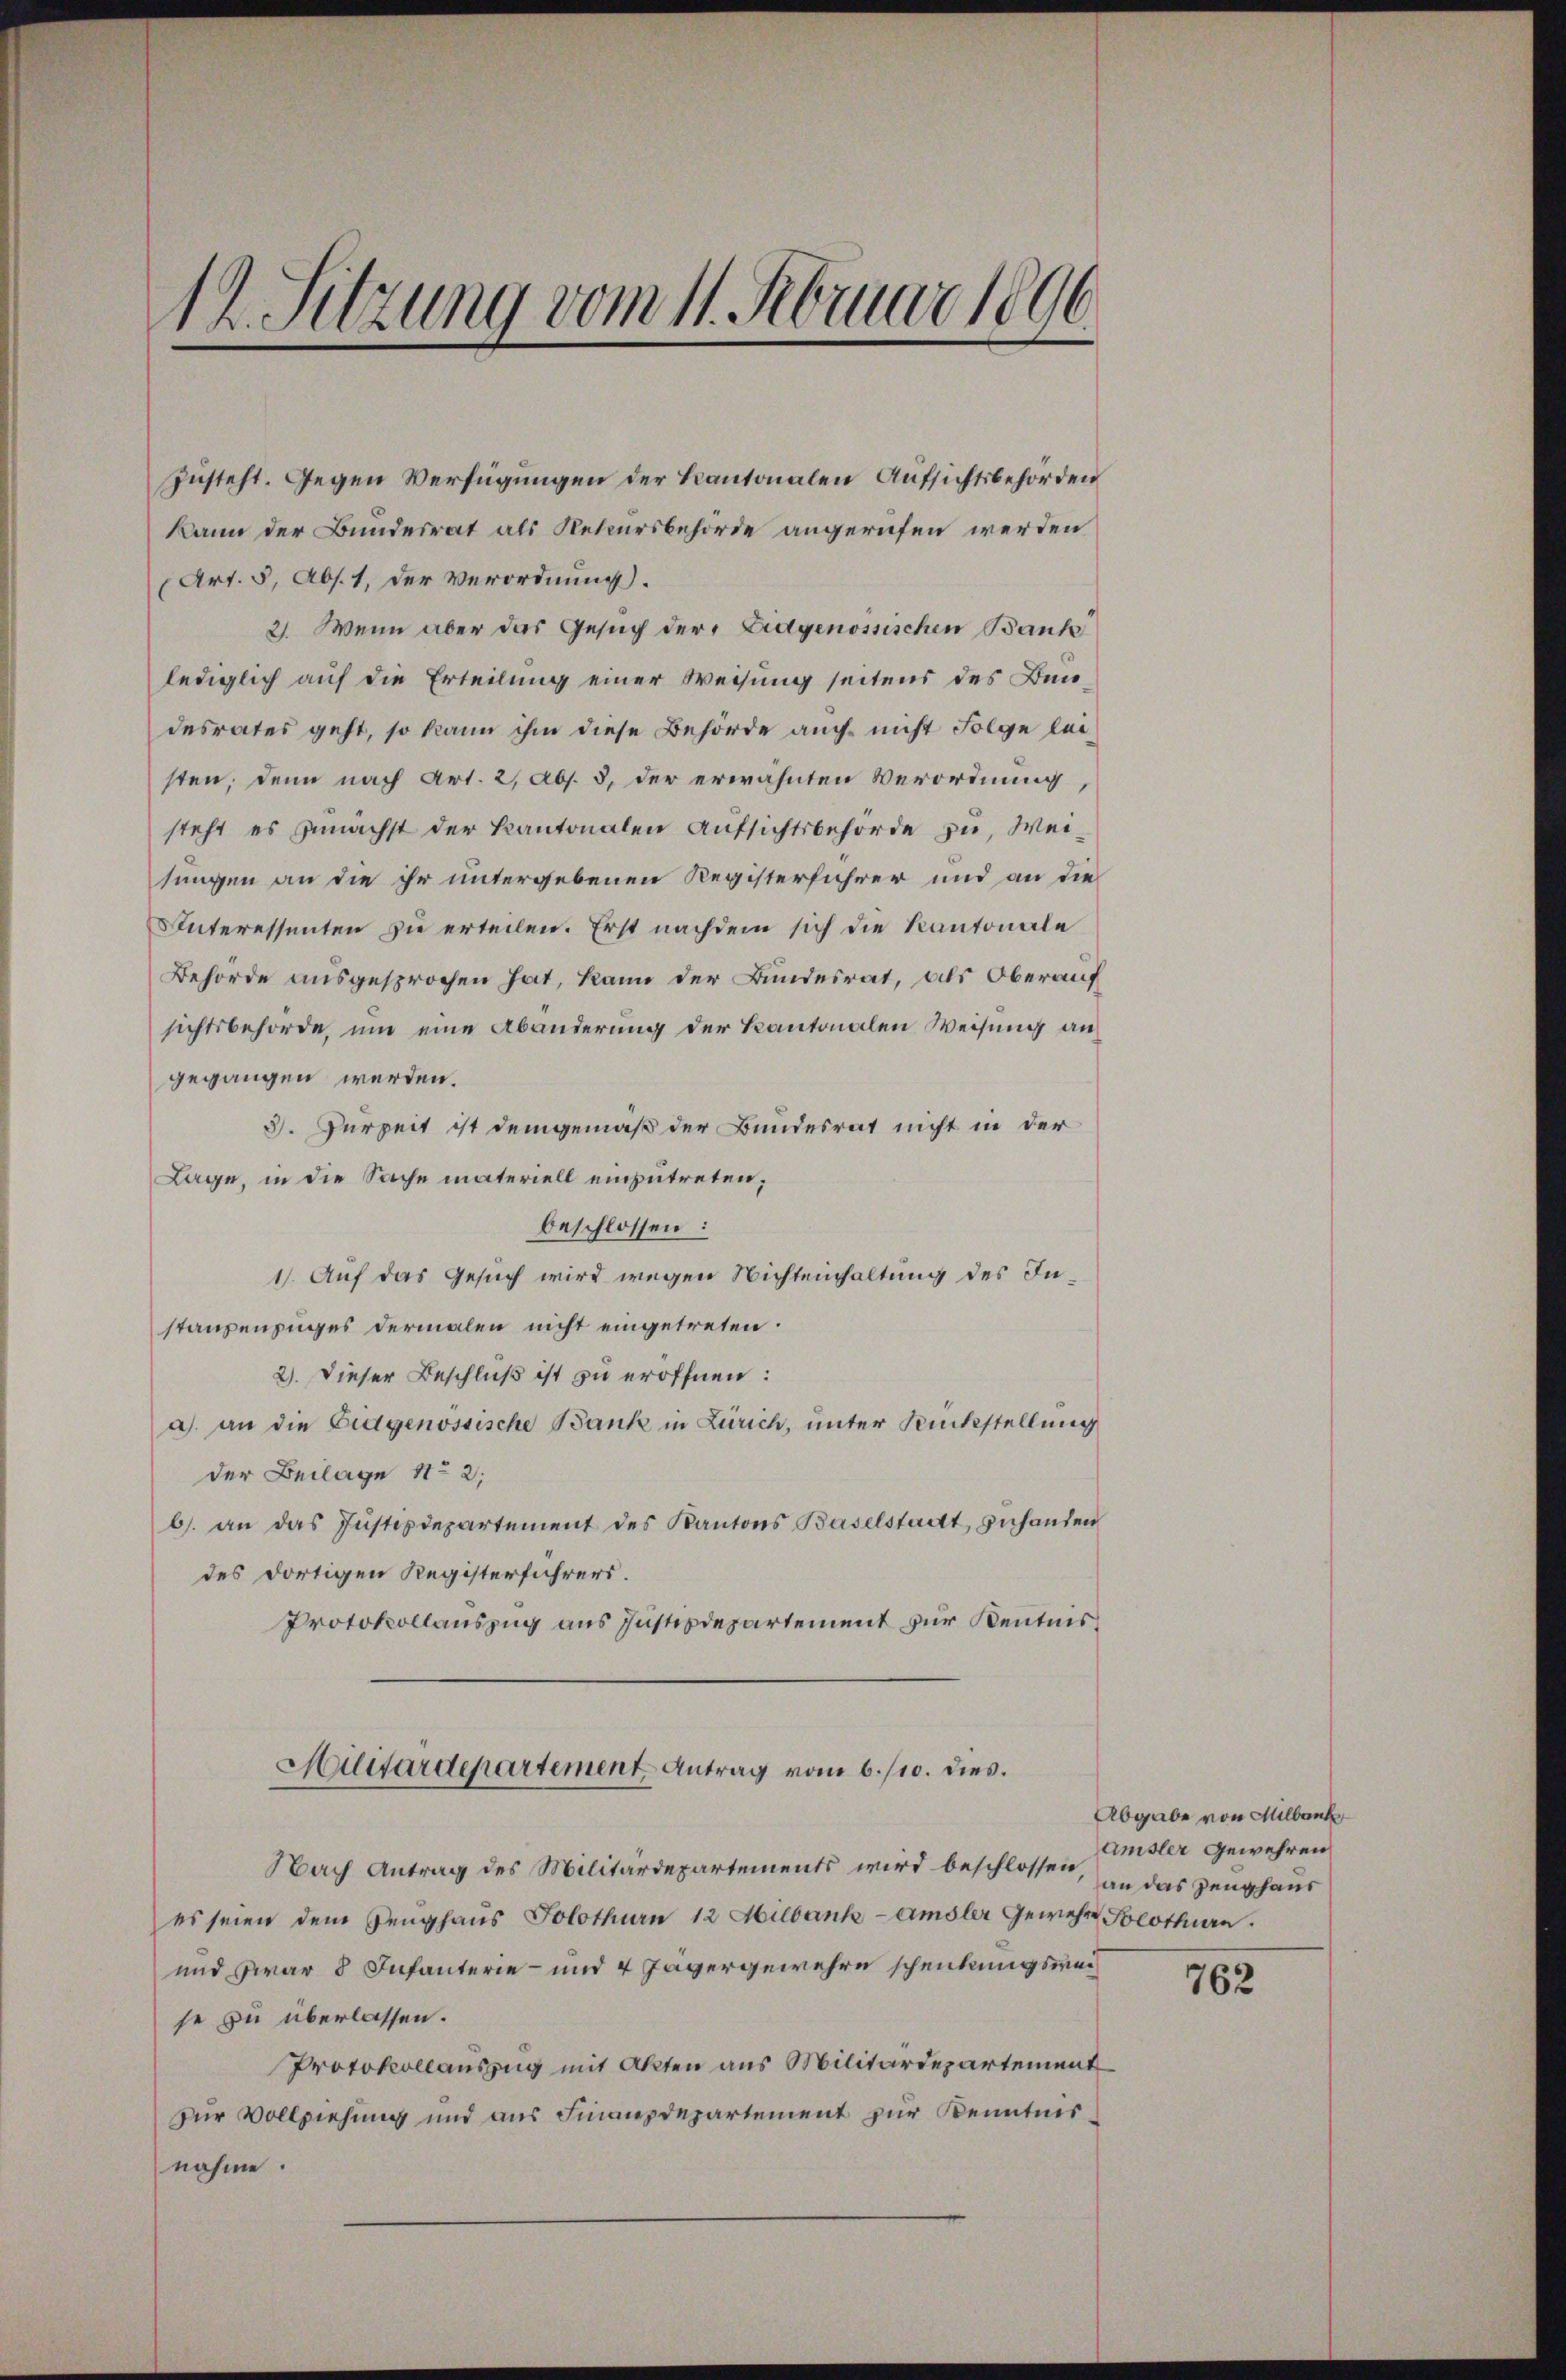
1 Sitzung vom 11. Februar 1896.

steht es zunächst der kantonalen Aufsichtsbehörde zu Weisungen an die ihr untergebenen Registerführer und an die
Interessenten zu erteilen. Erst nachdem sich die Kantonale
Behörde ausgesprochen hat, kann der Bundesrat, als Oberauf
sichtsbehörde, um eine Abänderung der Kantonalen Weisung angegangen werden.
3. Zurzeit ist demgemäß der Bundesrat nicht in der
Lage, in die Sache materiell einzutreten;
beschlossen:
1). Auf das Gesuch wird wegen Nichteinhaltung des Instaupenzuges dermalen nicht eingetreten.
2). Dieser Beschluß ist zu eröffnen:
a) an die Eidgenössische Bank in Zürich, unter Rückstellung
der Beilage 112;
b. an das Justizdepartement des Kantons Baselstadt, zuhanden
des dortigen Registerführers.
Protokollauszug aus Justizdepartement zur Kenntnis¬
Hilitärdepartement Antrag vom 6./10. dies.
Nach Antrag des Militärdepartements wird beschlossen, an das Zeughaus
es seien dem Zeŭghaŭs Solothurn 12 Milbank -Amsler Gewehre Solothurn.
und zwar 8 Infanterie- und 4 Javergewehre schenkungsweise zu überlassen.
Protokollauszug mit Akten aus Militärdepartement
zur Vollziehung und aus Finanzdepartement zur Kenntnisnahme.

zŭsteht. Gegen Verfügungen der Kantonalen Aufsichtsbehörden
kann der Bundesrat als Rekursbehörde angerufen werden
(Art. 5, Abs. 1, der Verordnung.
2. Wenn aber das Gesuch der Eidgenössischen Bank
lediglich auf die Erteilung einer Weisung seitens des Bundesrates geht, so kann ihm diese Behörde auch nicht Folge leisten, denn nach Art. 2, Abs. 3, der erwähnten Verordnung

Abgabe von Milbank
Amsler gewehren

762